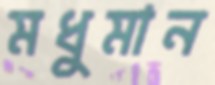
মধুমান